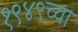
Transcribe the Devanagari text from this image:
१९४९च्या